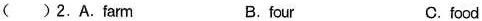
（）2.A.farm B.four C.food